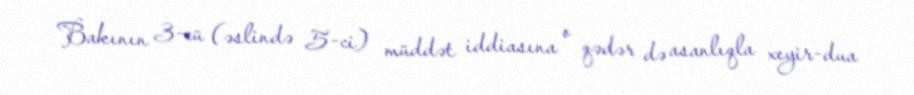
Bakının 3-cü (əslində 5-ci) müddət iddiasına o qədər də asanlıqla xeyir-dua